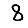
Digit: 8